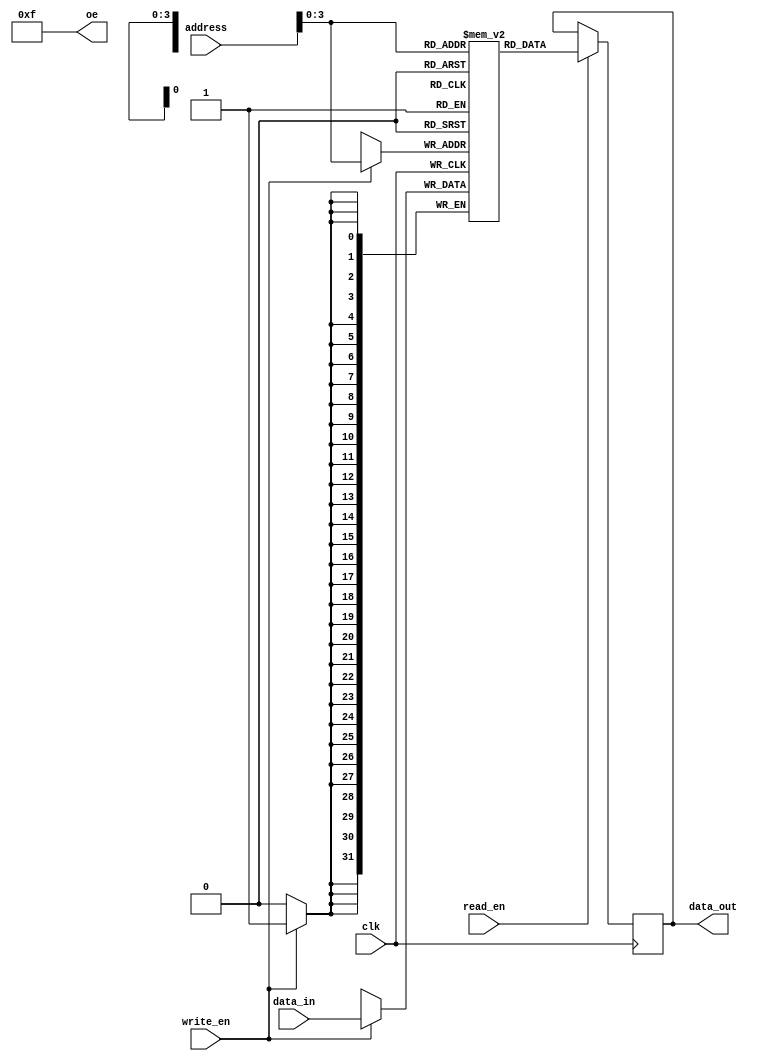
module QDR_SRAM(
    input wire clk,
    input wire [31:0] address,
    input wire [31:0] data_in,
    output wire [31:0] data_out,
    input wire read_en,
    input wire write_en,
    output wire [3:0] oe
);

reg [31:0] mem [0:15];

always @(posedge clk) begin
    if (read_en) begin
        data_out <= mem[address];
    end
    if (write_en) begin
        mem[address] <= data_in;
    end
end

assign oe = 4'b1111;

endmodule